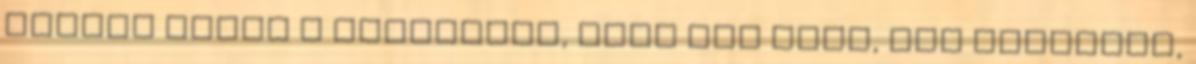
valaki bejon a lakasodba, amig ott vagy, jol korulnez,